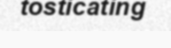
tosticating